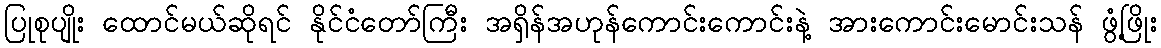
ပြုစုပျိုး ထောင်မယ်ဆိုရင် နိုင်ငံတော်ကြီး အရှိန်အဟုန်ကောင်းကောင်းနဲ့ အားကောင်းမောင်းသန် ဖွံ့ဖြိုး